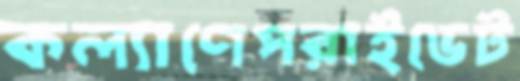
কল্যাণেপরাইভেট